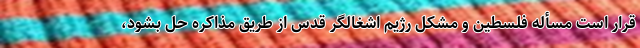
قرار است مسأله فلسطین و مشکل رژیم اشغالگر قدس از طریق مذاکره حل بشود،